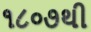
૧૮૦૭થી